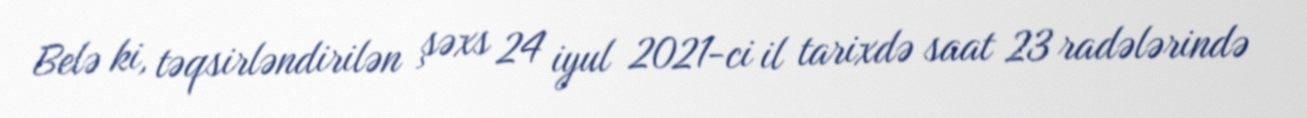
Belə ki, təqsirləndirilən şəxs 24 iyul 2021-ci il tarixdə saat 23 radələrində